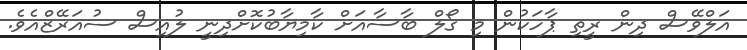
އަލްވޭސް ދިން ރީތި ޕާހަކުން މި ގޯލް ބާސާއަށް ކާމިޔާބުކޮށްދިނީ ލުއިސް ސުއަރޭޒްއެވެ.